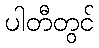
ပါတီတွင်